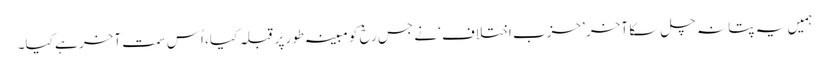
ہمیں یہ پتا نہ چل سکا آخر ’حزب اختلاف‘ نے جس رخ کو مبینہ طور پر قبلہ کیا، اُس سمت آخر ہے کیا۔